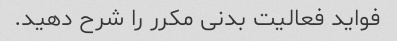
فواید فعالیت بدنی مکرر را شرح دهید.